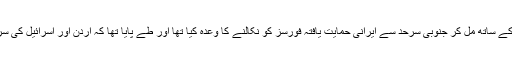
امریکی وزارت خارجہ کے ایک عہدیدار نے کہا کہ روس نے اسد رجیم کے ساتھ مل کر جنوبی سرحد سے ایرانی حمایت یافتہ فورسز کو نکالنے کا وعدہ کیا تھا اور طے پایا تھا کہ اردن اور اسرائیل کی سرحد پر شام کی اعتدال پسند قوتوں کو مضبوط کرنے کا موقع دیا جائے گا۔